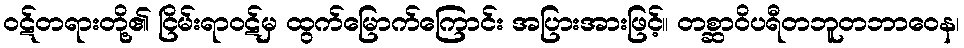
ဝဋ်တရားတို့၏ ငြိမ်းရာဝဋ်မှ ထွက်မြောက်ကြောင်း အပြားအားဖြင့်။ တစ္ဆာဝိပရီတဘူတဘာဝေန၊